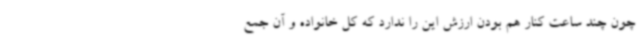
چون چند ساعت کنار هم بودن ارزش این را ندارد که کل خانواده و آن جمع